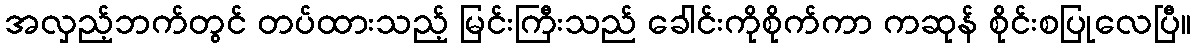
အလှည့်ဘက်တွင် တပ်ထားသည့် မြင်းကြီးသည် ခေါင်းကိုစိုက်ကာ ကဆုန် စိုင်းစပြုလေပြီ။